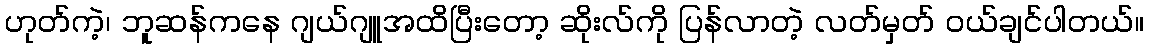
ဟုတ်ကဲ့၊ ဘူဆန်ကနေ ဂျယ်ဂျူအထိပြီးတော့ ဆိုးလ်ကို ပြန်လာတဲ့ လတ်မှတ် ဝယ်ချင်ပါတယ်။